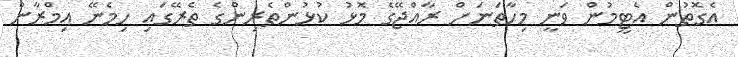
އެގޮތުން އެޓީމުން ވަނީ މިހާތަނަށް ރާއްޖޭގެ މޮޅު ކުޅުންތެރިންގެ ތެރޭގައި ހިމެނޭ އިމްރާން